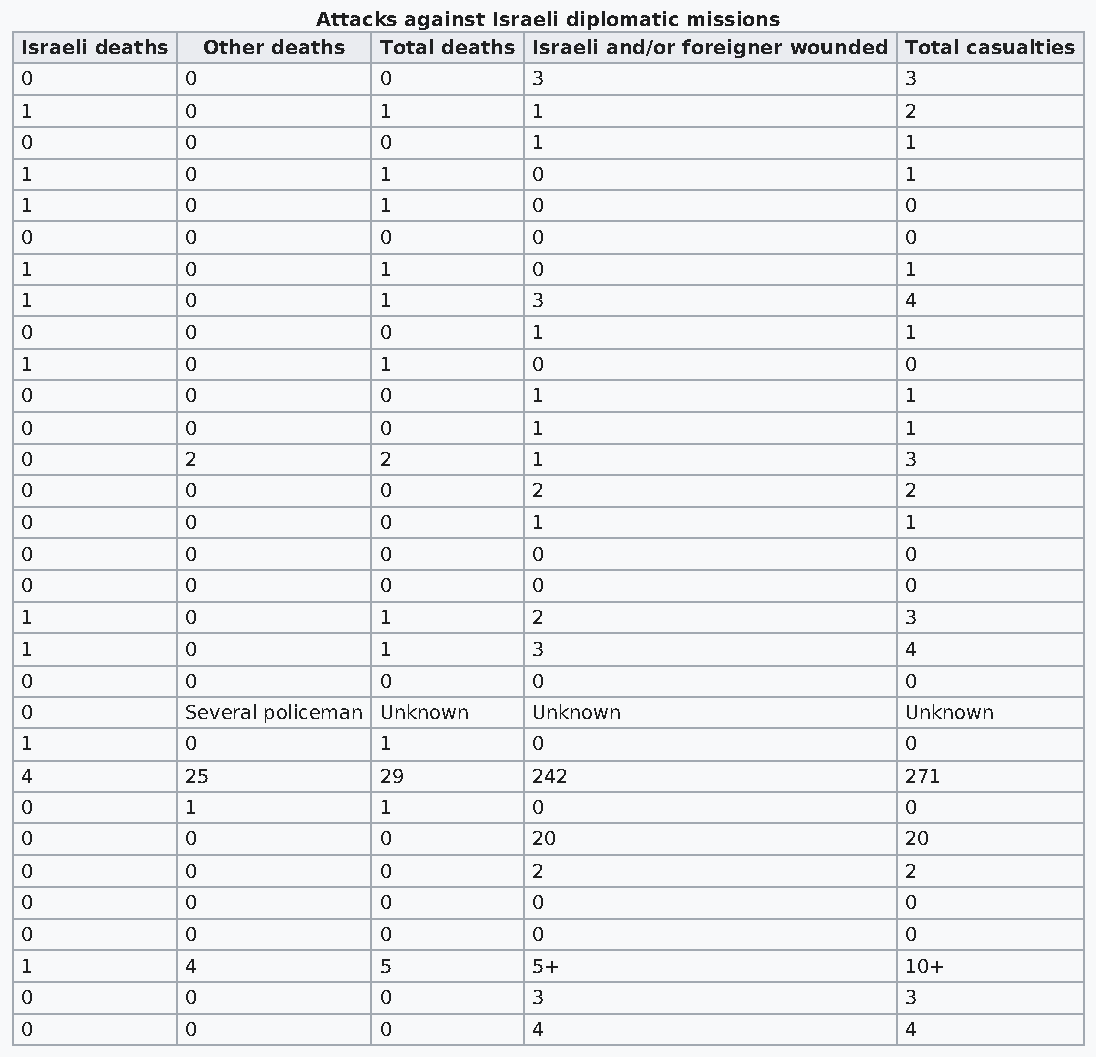
Attacks against Israeli diplomatic missions
 Israeli deaths Other deaths Total deaths Israeli and/or foreigner wounded Total casualties
 0          0            0         3                        3
 1          0            1         1                        2
 0          0            0         1                        1
 1          0            1         0                        1
 1          0            1         0                        0
 0          0            0         0                        0
 1          0            1         0                        1
 1          0            1         3                        4
 0          0            0         1                        1
 1          0            1         0                        0
 0          0            0         1                        1
 0          0            0         1                        1
 0          2            2         1                        3
 0          0            0         2                        2
 0          0            0         1                        1
 0          0            0         0                        0
 0          0            0         0                        0
 1          0            1         2                        3
 1          0            1         3                        4
 0          0            0         0                        0
 0          Several policeman Unknown Unknown               Unknown
 1          0            1         0                        0
 4          25           29        242                      271
 0          1            1         0                        0
 0          0            0         20                       20
 0          0            0         2                        2
 0          0            0         0                        0
 0          0            0         0                        0
 1          4            5         5+                       10+
 0          0            0         3                        3
 0          0            0         4                        4